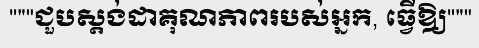
"""ជួបស្តង់ដាគុណភាពរបស់អ្នក, ធ្វើឱ្យ"""